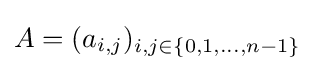
A=(a_{i,j})_{i,j\in \{0,1,...,n-1\}}